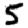
Digit: 5